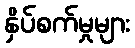
နှိပ်စက်မှုများ